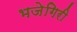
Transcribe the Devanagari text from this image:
भजेगिरी